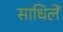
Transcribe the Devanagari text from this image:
साधिलें